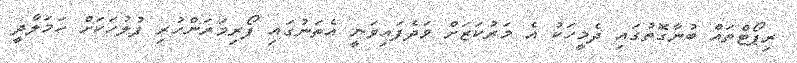
ރިޕޯޓްތައް ބުނާގޮތުގައި ދެމީހަކު އެ މަރުކަޒަށް ވަދެފައިވަނީ އެތަނުގައި ފޯރިމަރަންހުރި ފުލުހަކަށް ހަމަލާދީ